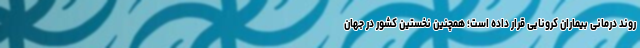
روند درمانی بیماران کرونایی قرار داده است؛ همچنین نخستین کشور در جهان